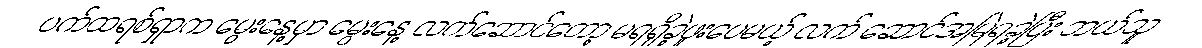
ပက်ထရစ်ရှာက မွေးနေ့မှာ မွေးနေ့ လက်ဆောင်တော့ မရရှိခဲ့ဖူးပေမယ့် လက် ဆောင်အမြဲရခဲ့ပြီး ဘယ်သူ